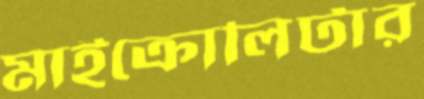
মাইক্রোলিটার